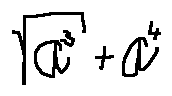
\sqrt { a ^ { 3 } } + a ^ { 4 }